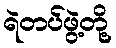
ရဲတပ်ဖွဲ့တို့